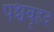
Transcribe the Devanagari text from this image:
पश्चवृहद